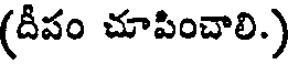
(దీపం చూపించాలి.)